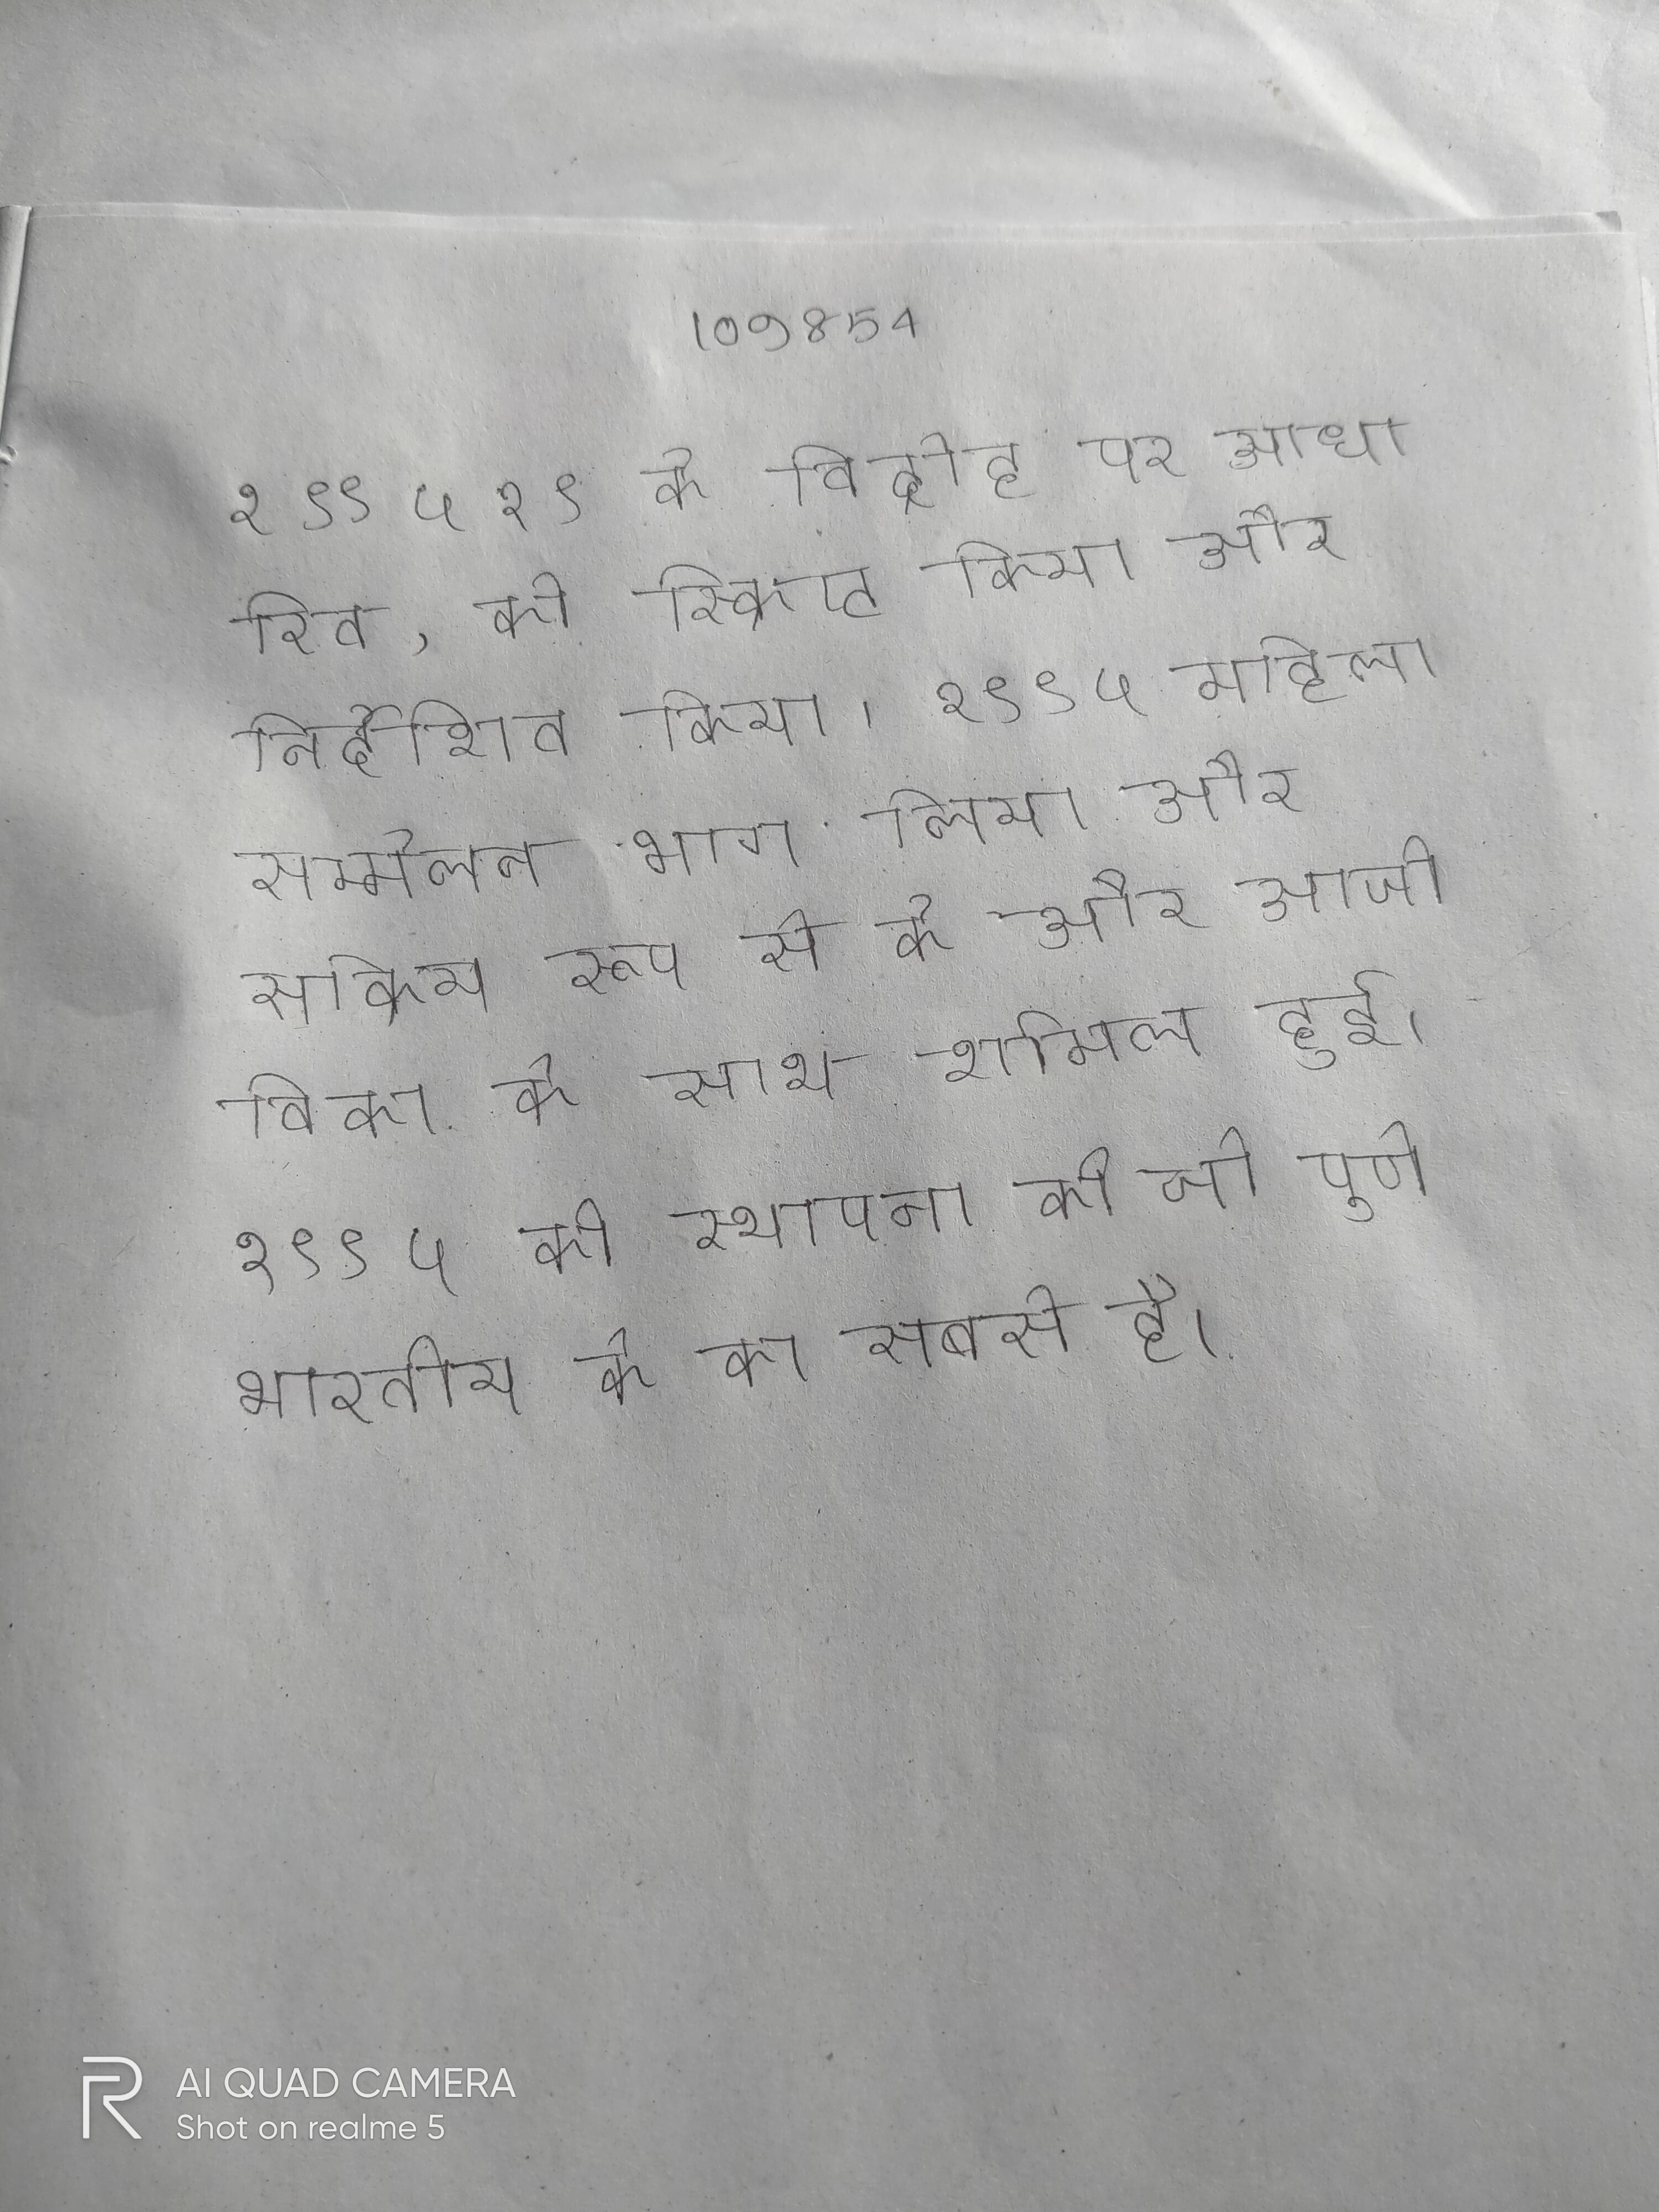
१ ९९ ५ १ ९ के विद्रोह पर आधारित, को स्क्रिप्ट किया और निर्देशित किया । १९९५ महिला सम्मेलन भाग लिया और सक्रिय रूप से के और आजीविका के साथ शामिल हुई । १९९५ की स्थापना की जो पुणे भारतीय के का सबसे है ।